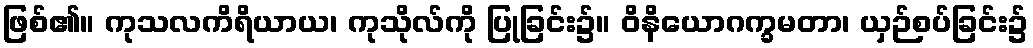
ဖြစ်၏။ ကုသလကိရိယာယ၊ ကုသိုလ်ကို ပြုခြင်း၌။ ဝိနိယောဂက္ခမတာ၊ ယှဉ်စပ်ခြင်း၌